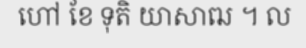
ហៅ ខែ ទុតិ យាសាឍ ។ ល